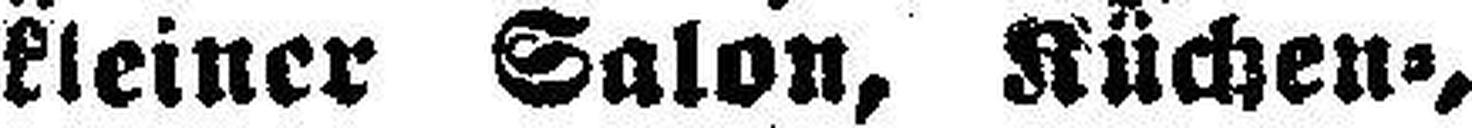
kleiner Salon, Küchen=,